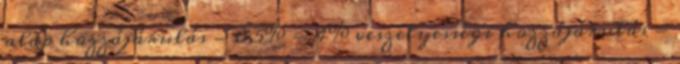
alap hozzájárulás - 0,5% - 4% veszélyességi hozzájárulás -